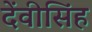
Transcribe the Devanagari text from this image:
देंवीसिंह